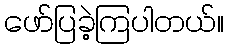
ဖော်ပြခဲ့ကြပါတယ်။